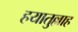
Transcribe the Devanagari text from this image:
हयातुल्लाह